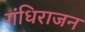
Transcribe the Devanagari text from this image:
गंधिराजन